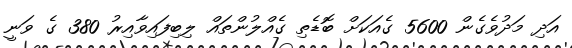
އަދި މަދުވެގެން 5600 ގެއަކަށް ބޮޑެތި ގެއްލުންތައް ލިބިފައިވާއިރު 380 ގެ ވަނީ